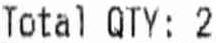
TOTAL QTY: 2